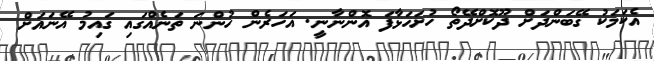
އެކަމަކު ގޭބަންދަށް ދޫކޮށްދޭތޯ ހުށަހަޅާފަ އޮންނާނީ. އަހަރެން ހުންނަ ތަނެއްގައި ގައިމު އޭނައަށް